Annual report of the Punjab Veterinary College and of the Civil Veterinary Department, Punjab - 1926-1932
Year: 1926
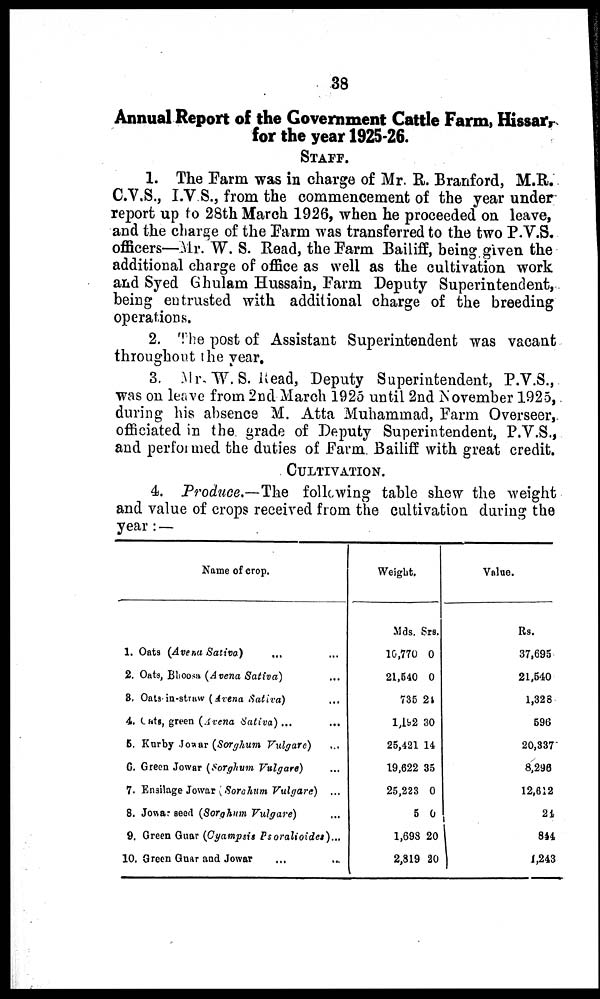
38
Annual Report of the Government Cattle Farm, Hissar,
for the year 1925-26.
STAFF.
1. The Farm was in charge of Mr. R. Branford, M.R.
C.V.S., I.V.S., from the commencement of the year under
report up to 28th March 1926, when he proceeded on leave,
and the charge of the Farm was transferred to the two P.V.S.
officers—Mr. W. S. Read, the Farm Bailiff, being given the
additional charge of office as well as the cultivation work
and Syed Ghulam Hussain, Farm Deputy Superintendent,
being entrusted with additional charge of the breeding
operations.
2. The post of Assistant Superintendent was vacant
throughout the year.
3. Mr. W. S. Read, Deputy Superintendent, P.V.S.,
was on leave from 2nd March 1925 until 2nd November 1925,
during his absence M. Atta Muhammad, Farm Overseer,
officiated in the grade of Deputy Superintendent, P.V.S.,
and performed the duties of Farm Bailiff with great credit.
CULTIVATION.
4. Produce.—The following table show the weight
and value of crops received from the cultivation during the
year:—
1.
2.
3.
4.
5.
6.
7.
8.
9.
10
Name of crop.
Oats (Avena Sativa) ... ...
Oats, Bhoosa (Avena Sativa) ...
Oats in-straw (Arena Sativa) ...
Oats, green (Arena Sativa) ... ...
Kurby Jowur (Sorghum Vulgare) ...
Green Jowar (Sorghum Vulgare) ...
Ensilage Jowar (Sorehum Vulgare) ...
Jowar seed (Sorghum Vulgare) ...
Green Guar (Cyampsis Psoralioides) ...
Green Guar and Jowar ... ...
Weight.
Mds.
10,770
21,540
735
1,192
25,421
19,622
25,223
5
1,698
2,319
Srs.
0
0
24
30
14
35
0
0
20
20
Value.
Rs.
37,695
21,540
1,328
596
20,337
8,298
12,612
24
844
1,243